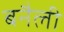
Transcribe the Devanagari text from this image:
बनैली